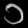
Digit: ၁